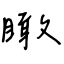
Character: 瞰